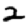
Digit: 2